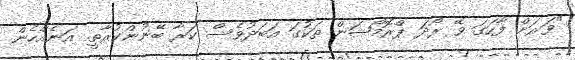
"ވަރަށް ފާހަގަ ވޭ ރޯދަ ޕްރޮމޯޝަން ތަކުގަ އަބަދުވެސް ކަރާ ބޭނުންކުރާތީ. އަނެއްހެން